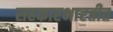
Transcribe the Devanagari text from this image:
सहकारभारतीत